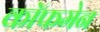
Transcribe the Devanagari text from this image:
कॉफमेन